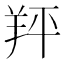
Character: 䍬